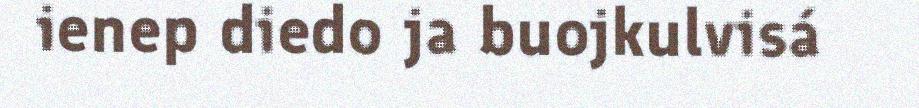
ienep diedo ja buojkulvisá